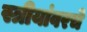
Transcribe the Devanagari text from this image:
स्त्रीयांवरचे